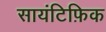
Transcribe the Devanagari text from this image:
सायंटिफ़िक